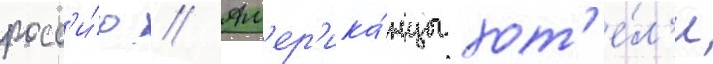
росс'и́ю // Ам'ер'ика́нцы хот'е́л'и